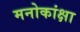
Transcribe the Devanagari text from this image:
मनोकांक्षा